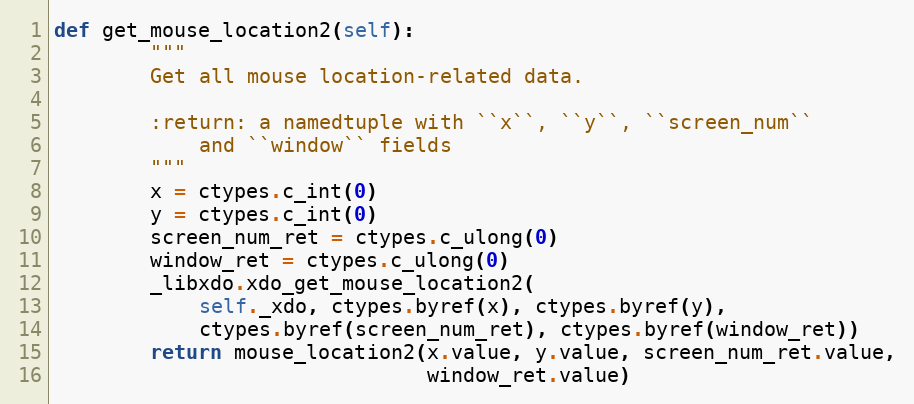
Language: Python
def get_mouse_location2(self):
        """
        Get all mouse location-related data.

        :return: a namedtuple with ``x``, ``y``, ``screen_num``
            and ``window`` fields
        """
        x = ctypes.c_int(0)
        y = ctypes.c_int(0)
        screen_num_ret = ctypes.c_ulong(0)
        window_ret = ctypes.c_ulong(0)
        _libxdo.xdo_get_mouse_location2(
            self._xdo, ctypes.byref(x), ctypes.byref(y),
            ctypes.byref(screen_num_ret), ctypes.byref(window_ret))
        return mouse_location2(x.value, y.value, screen_num_ret.value,
                               window_ret.value)